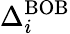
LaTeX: \Delta_{i}^{\mathrm{BOB}}